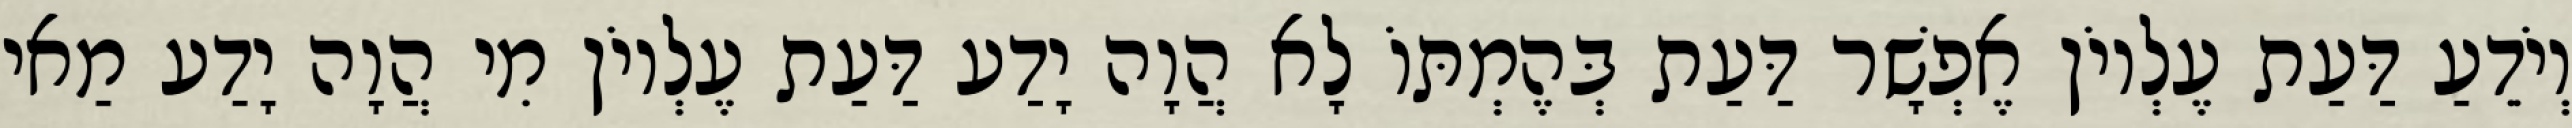
וְיֹדֵעַ דַּעַת עֶלְיוֹן אֶפְשָׁר דַּעַת בְּהֶמְתּוֹ לָא הֲוָה יָדַע דַּעַת עֶלְיוֹן מִי הֲוָה יָדַע מַאי